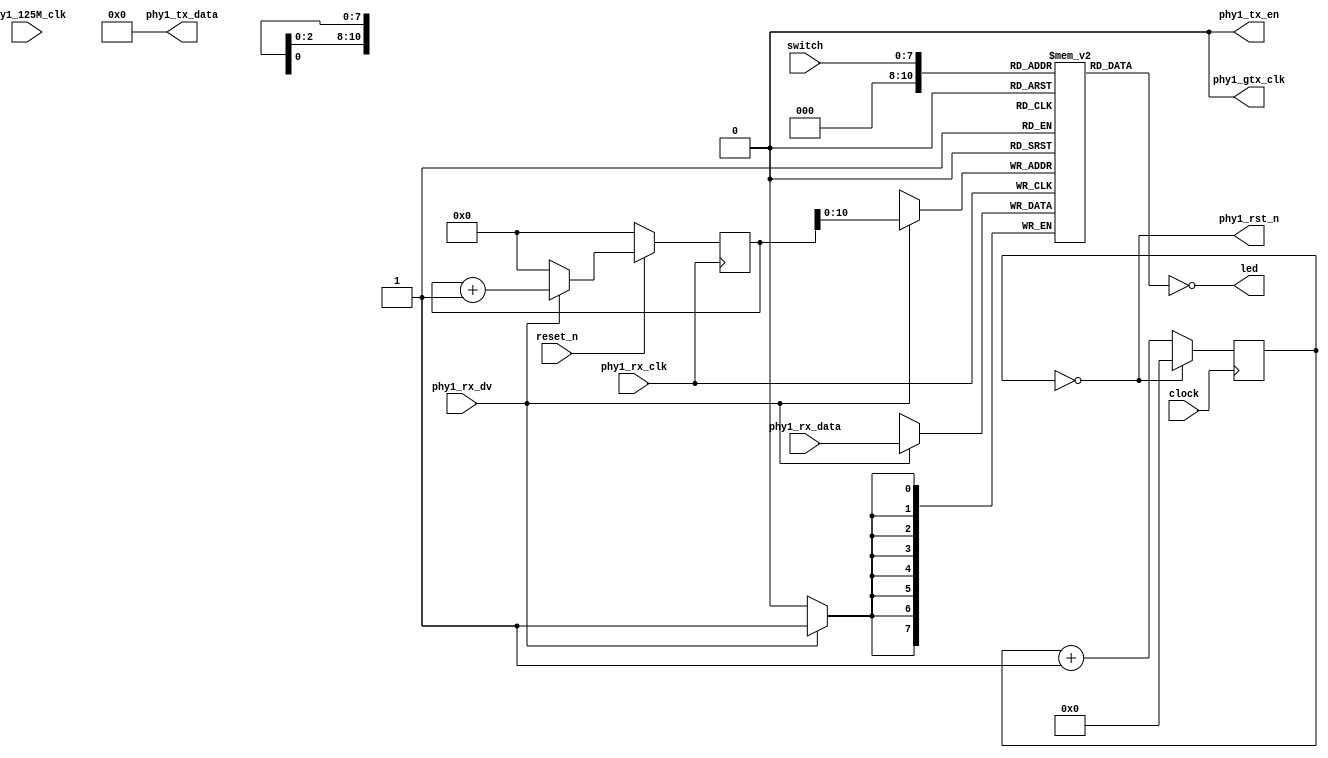
module top (
  // system interface
    input  wire clock
  , input  wire reset_n

  // Ethernet PHY#1 interface
  , input  wire phy1_125M_clk
  , input  wire phy1_rx_clk
  , input  wire phy1_rx_dv
  , input  wire [7:0] phy1_rx_data
  , output wire phy1_rst_n
  , output wire phy1_gtx_clk
  , output wire phy1_tx_en
  , output wire [7:0] phy1_tx_data

  // Switch and LED
  , input  wire [7:0] switch
  , output wire [7:0] led
);

//------------------------------------------------------------------
// PHY cold reset (10 ms)
//------------------------------------------------------------------
reg [19:0] coldsys_rst = 0;
wire coldsys_rst10ms = (coldsys_rst == 20'h100000);
always @(posedge clock)
  coldsys_rst <= !coldsys_rst10ms ? coldsys_rst + 20'h1 : 20'h100000;
assign phy1_rst_n = coldsys_rst10ms;


//------------------------------------------------------------------
// Global counter (Clock: phy1_rx_clk)
//------------------------------------------------------------------
reg [11:0] counter;
always @(posedge phy1_rx_clk) begin
  if (reset_n == 1'b0)
    counter <= 12'd0;
  else begin
    if (phy1_rx_dv)
      counter <= counter + 12'd1;
    else
      counter <= 12'd0;
  end
end


//------------------------------------------------------------------
// Receiver logic
//------------------------------------------------------------------
reg [7:0] rx_data [0:2047];
always @(posedge phy1_rx_clk) begin
  if (phy1_rx_dv)
    rx_data[counter] <= phy1_rx_data;
end
assign phy1_tx_en   = 1'b0;
assign phy1_tx_data = 8'h0;
assign phy1_gtx_clk = 1'b0;
assign led[7:0]     = ~rx_data[switch];   // display packet data using LED

endmodule